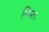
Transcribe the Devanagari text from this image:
निम्न्तः